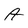
Character: A